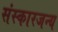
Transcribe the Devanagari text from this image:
संस्कारजन्य